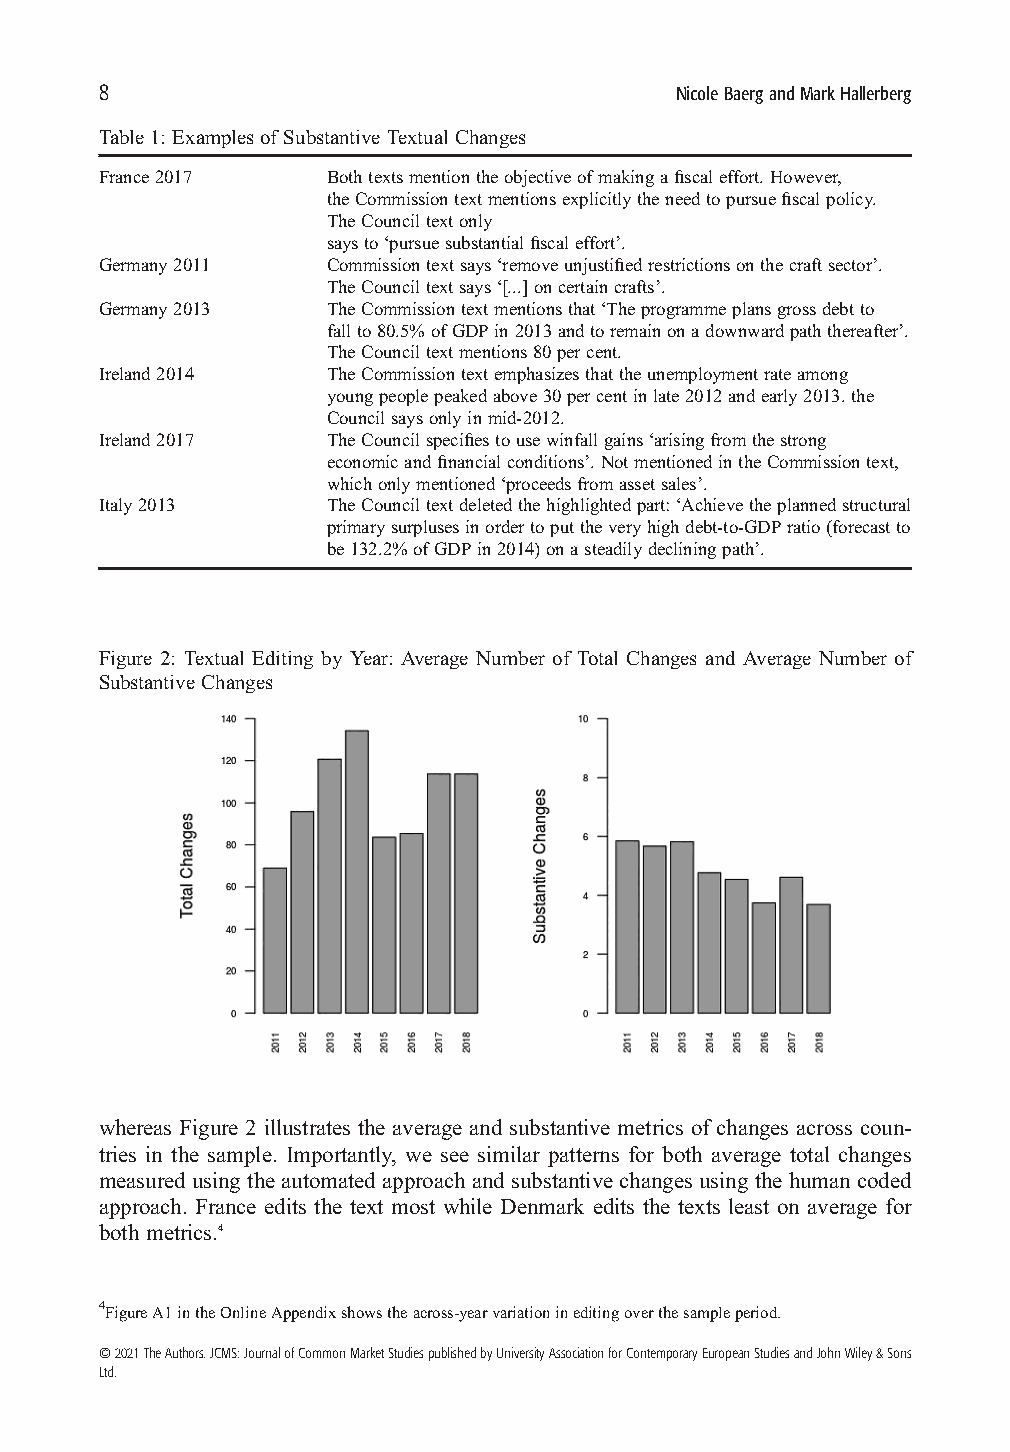
8
 NicoleBaergandMarkHallerberg
 Table 1: Examples of Substantive Textual Changes
 France2017     Bothtextsmentiontheobjectiveofmakingafiscaleffort.However,
 theCommissiontextmentionsexplicitlytheneedtopursuefiscalpolicy.
 TheCounciltextonly
 saysto‘pursuesubstantialfiscaleffort’.
 Germany2011    Commissiontextsays‘removeunjustifiedrestrictionsonthecraftsector’.
 TheCounciltextsays‘[...]oncertaincrafts’.
 Germany2013    TheCommissiontextmentionsthat‘Theprogrammeplansgrossdebtto
 fallto80.5%ofGDPin2013andtoremainonadownwardpaththereafter’.
 TheCounciltextmentions80percent.
 Ireland2014    TheCommissiontextemphasizesthattheunemploymentrateamong
 youngpeoplepeakedabove30percentinlate2012andearly2013.the
 Councilsaysonlyinmid-2012.
 Ireland2017    TheCouncilspecifiestousewinfallgains‘arisingfromthestrong
 economicandfinancialconditions’.NotmentionedintheCommissiontext,
 whichonlymentioned‘proceedsfromassetsales’.
 Italy2013      TheCounciltextdeletedthehighlightedpart:‘Achievetheplannedstructural
 primarysurplusesinordertoputtheveryhighdebt-to-GDPratio(forecastto
 be132.2%ofGDPin2014)onasteadilydecliningpath’.
 Figure 2: Textual Editing by Year: Average Number of Total Changes and Average Number of
 Substantive Changes
 whereas Figure 2 illustrates the average and substantive metrics of changes across coun-
 tries in the sample. Importantly, we see similar patterns for both average total changes
 measured usingtheautomated approach and substantive changesusing thehumancoded
 approach. France edits the text most while Denmark edits the texts least on average for
 both metrics.4
 4FigureA1intheOnlineAppendixshowstheacross-yearvariationineditingoverthesampleperiod.
 ©2021TheAuthors.JCMS:JournalofCommonMarketStudiespublishedbyUniversityAssociationforContemporaryEuropeanStudiesandJohnWiley&Sons
 Ltd.